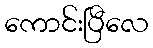
ကောင်းပြီလေ